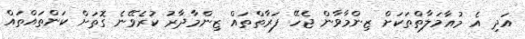
އަދި އެ މުއާމަލާތްތަކަށް ޒިންމާވާން ޖެހޭ ފަރާތްތައް ޒިންމާދާރު ކުރެވޭނެ ގޮތަށް ކަންތައްތައް